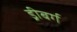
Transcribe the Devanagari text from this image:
ड्रीबर्ग